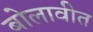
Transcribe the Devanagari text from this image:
बोलावीत